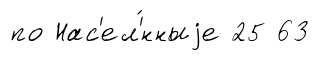
по Нас'ел'́нныjе 25 63